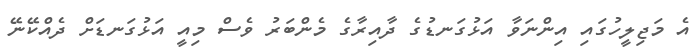
އެ މަޖިލީހުގައި އިންނަވާ އަޅުގަނޑުގެ ދާއިރާގެ މެންބަރު ވެސް މިއީ އަޅުގަނޑަށް ދެއްކޭނޭ